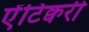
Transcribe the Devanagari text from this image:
ऐंटिक्वरी